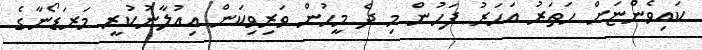
ކައިވެންޏަށް ހަތަރު އަހަރު ފަހުން މި ދެ މީހުން ވަރިވިކަން އިއުލާނުކުރީ މަރަޑޯނާގެ